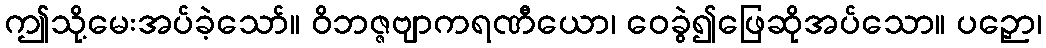
ဤသို့မေးအပ်ခဲ့သော်။ ဝိဘဇ္ဇဗျာကရဏီယော၊ ဝေခွဲ၍ဖြေဆိုအပ်သော။ ပဉှော၊